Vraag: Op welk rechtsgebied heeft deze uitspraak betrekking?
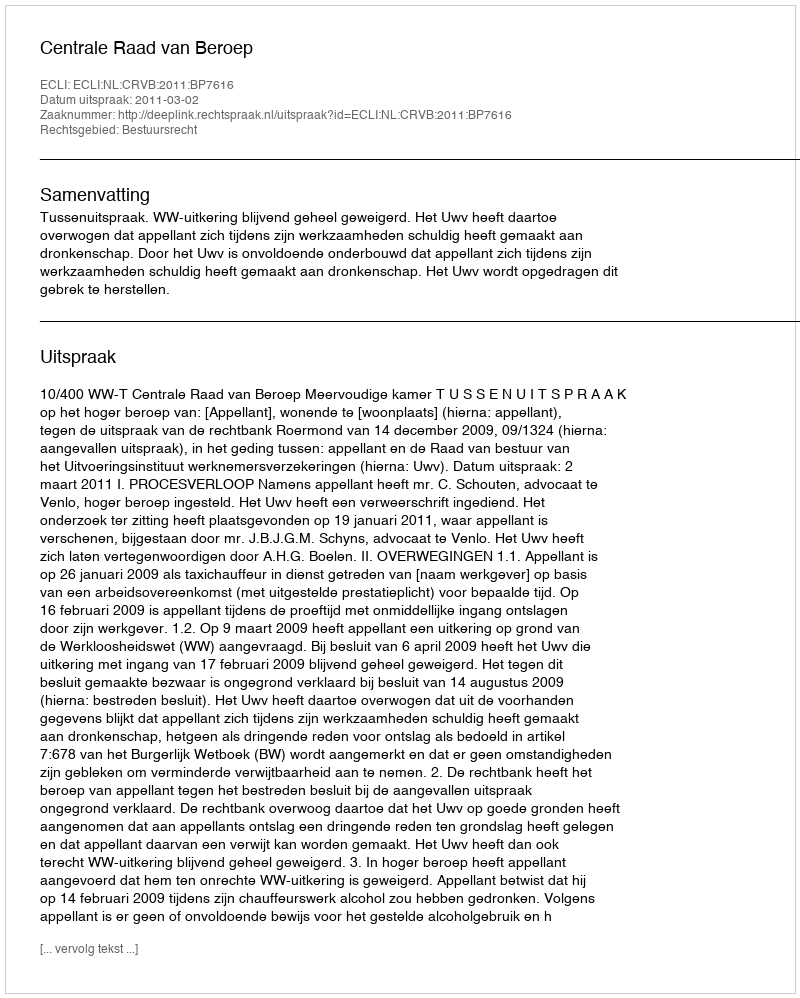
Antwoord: Bestuursrecht